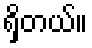
ရှိတယ်။